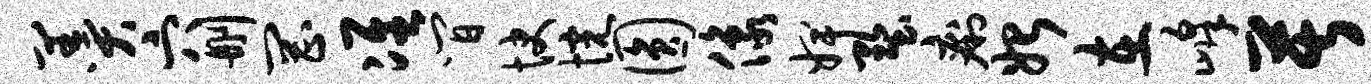
羹穴删罔准间快惋圆像婢墅痢始在峰苦